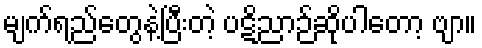
မျက်ရည်တွေနဲ့ပြီးတဲ့ ပဋိညာဉ်ဆိုပါတော့ ဗျာ။